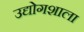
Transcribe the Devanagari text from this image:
उद्योगशाला